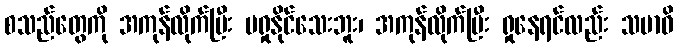
စသည်တွေကို အကုန်လိုက်ပြီး မရှုနိုင်သေးဘူး၊ အကုန်လိုက်ပြီး ရှုနေရင်လည်း သမာဓိ